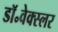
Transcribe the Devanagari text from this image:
डॉ॰वेक्स्लर